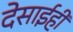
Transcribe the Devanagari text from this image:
देसाईही